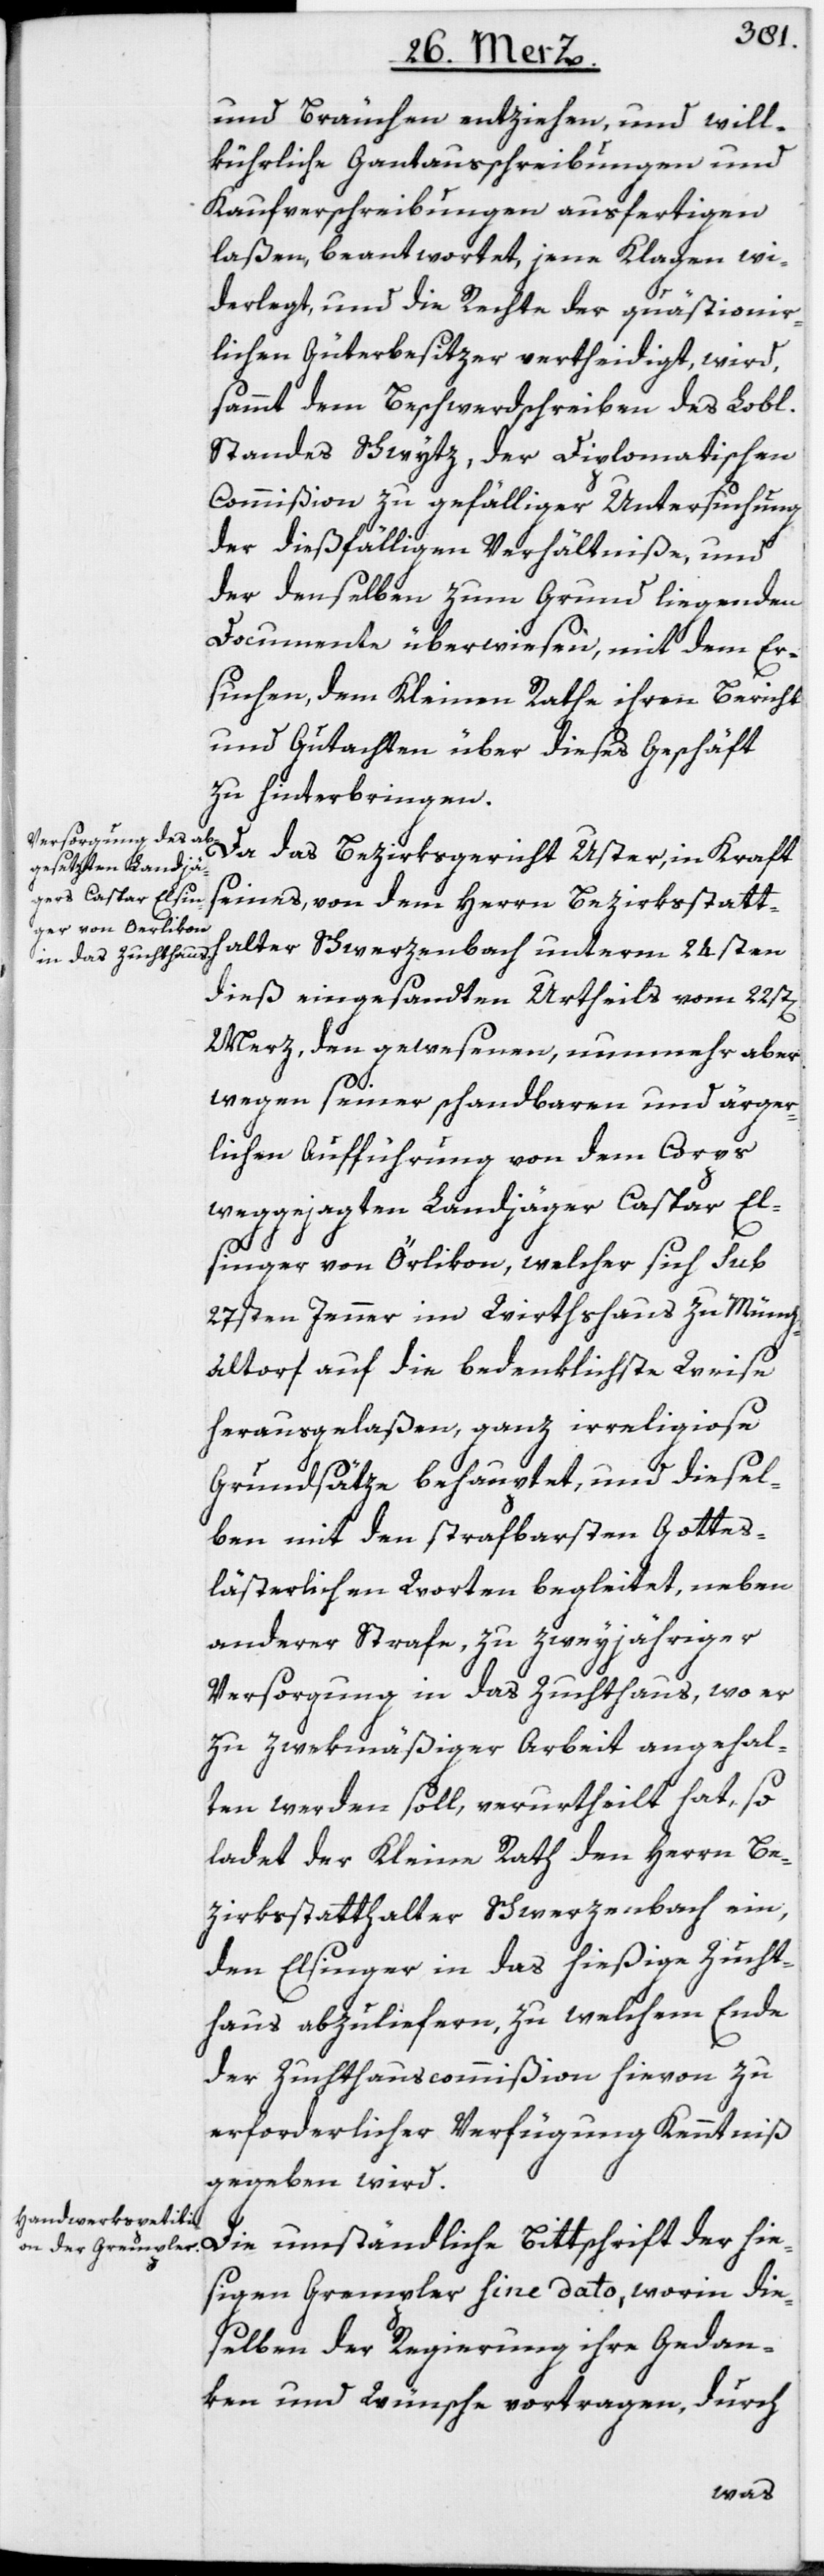
und Bräuchen entziehen, und will¬
kührliche Gantausschreibungen und
Kaufverschreibungen ausfertigen
laßen, beantwortet, jene Klagen wi¬
derlegt, und die Rechte der quästionir¬
lichen Güterbesitzer vertheidigt, wird,
sammt dem Beschwerdschreiben des Lobl.
Standes Schwytz, der Diplomatischen
Commißion zu gefälliger Untersuchung
der dießfälligen Verhältniße, und
der denselben zum Grund liegenden
Documente überwiesen, mit dem Er¬
suchen, dem Kleinen Rathe ihren Bericht
und Gutachten über dieses Geschäft
zu hinterbringen.
Da das Bezirksgericht Uster, in Kraft
seines, von dem Herrn Bezirksstatt¬
halter Schwerzenbach unterm 24sten
dieß eingesandten Urtheils vom 22st[en]
Merz, den gewesenen, nunmehr aber
wegen seiner schandbaren und ärger¬
lichen Aufführung von dem Corps
weggejagten Landjäger Caspar El¬
singer von Örlikon, welcher sich sub
27sten Jenner im Wirthshaus zu Mönch¬
altorf auf die bedenklichste Weise
herausgelaßen, ganz irreligiose
Grundsätze behauptet, und diesel¬
ben mit den strafbarsten Gottes¬
lästerlichen Worten begleitet, neben
anderer Strafe, zu zweyjähriger
Versorgung in das Zuchthaus, wo er
zu zwekmäßiger Arbeit angehal¬
ten werden soll, verurtheilt hat, so
ladet der Kleine Rath den Herrn Be¬
zirksstatthalter Schwerzenbach ein,
den Elsinger in das hießige Zucht¬
haus abzuliefern, zu welchem Ende
der Zuchthauscommißion hievon zu
erforderlicher Verfügung Kenntniß
gegeben wird.
Die umständliche Bittschrift der hie¬
sigen Grempler sine dato, worin die¬
selben der Regierung ihre Gedan¬
ken und Wünsche vortragen, durch